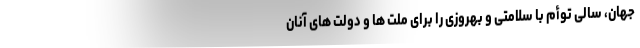
جهان، سالی توأم با سلامتی و بهروزی را برای ملت ها و دولت های آنان